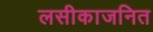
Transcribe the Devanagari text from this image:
लसीकाजनित